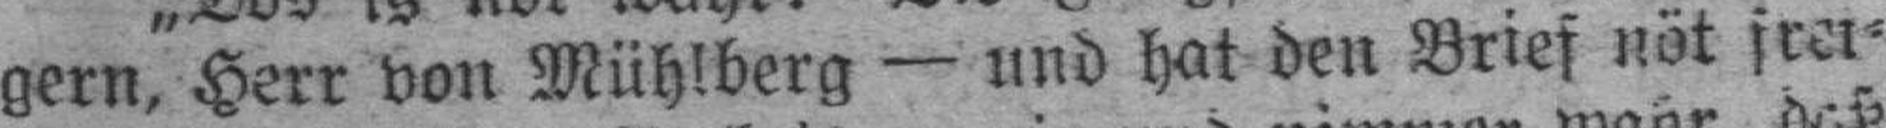
gern, Herr von Mühlberg — und hat den Brief nöt frei¬